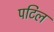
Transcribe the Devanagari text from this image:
पटिल